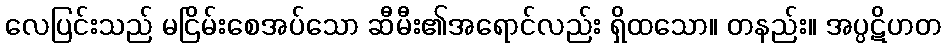
လေပြင်းသည် မငြိမ်းစေအပ်သော ဆီမီး၏အရောင်လည်း ရှိထသော။ တနည်း။ အပ္ပဋိဟတ